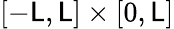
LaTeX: [-\mathsf{L},\mathsf{L}]\times[0,\mathsf{L}]